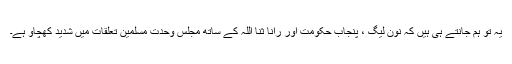
یہ تو ہم جانتے ہی ہیں کہ نون لیگ ، پنجاب حکومت اور رانا ثنا اللہ کے ساتھ مجلس وحدت مسلمین تعلقات میں شدید کھچاو ہے۔